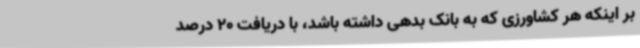
بر اینکه هر کشاورزی که به بانک بدهی داشته باشد، با دریافت 20 درصد